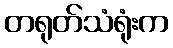
တရုတ်သံရုံးက